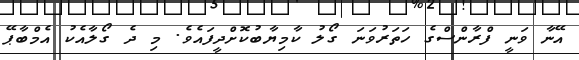
އޭނާ ވަނީ ފްރާންސްގެ ހަތަރުވަނަ ގޯލު ކާމިޔާބުކޮށްދީފައެވެ. މި ދެ ގޯލާއެކު އެމްބާޕޭ